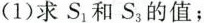
(1)求 S_{1}和S_{3}的值；